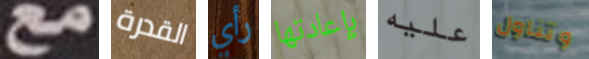
مع القدرة رأي بإعادتها عليه وتناول